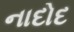
નાદોદ